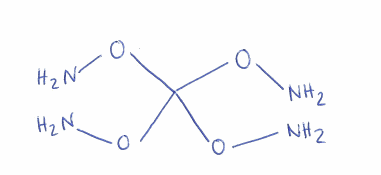
Simplified molecular-input line-entry system (SMILES) notation of the given molecule:
C(ON)(ON)(ON)ON